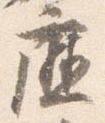
庁